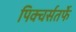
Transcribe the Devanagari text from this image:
पिक्चर्सतर्फे